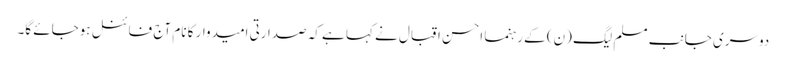
دوسری جانب مسلم لیگ (ن) کے رہنما احسن اقبال نے کہا ہے کہ صدارتی امیدوار کا نام آج فائنل ہوجائے گا۔